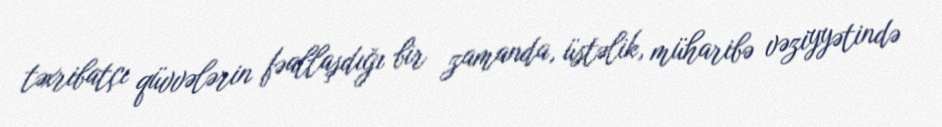
təxribatçı qüvvələrin fəallaşdığı bir zamanda, üstəlik, müharibə vəziyyətində